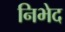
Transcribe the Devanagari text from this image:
निभेद